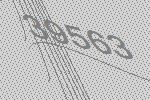
39563